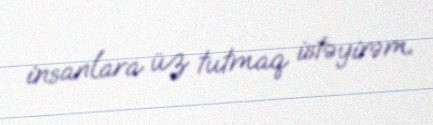
insanlara üz tutmaq istəyirəm.